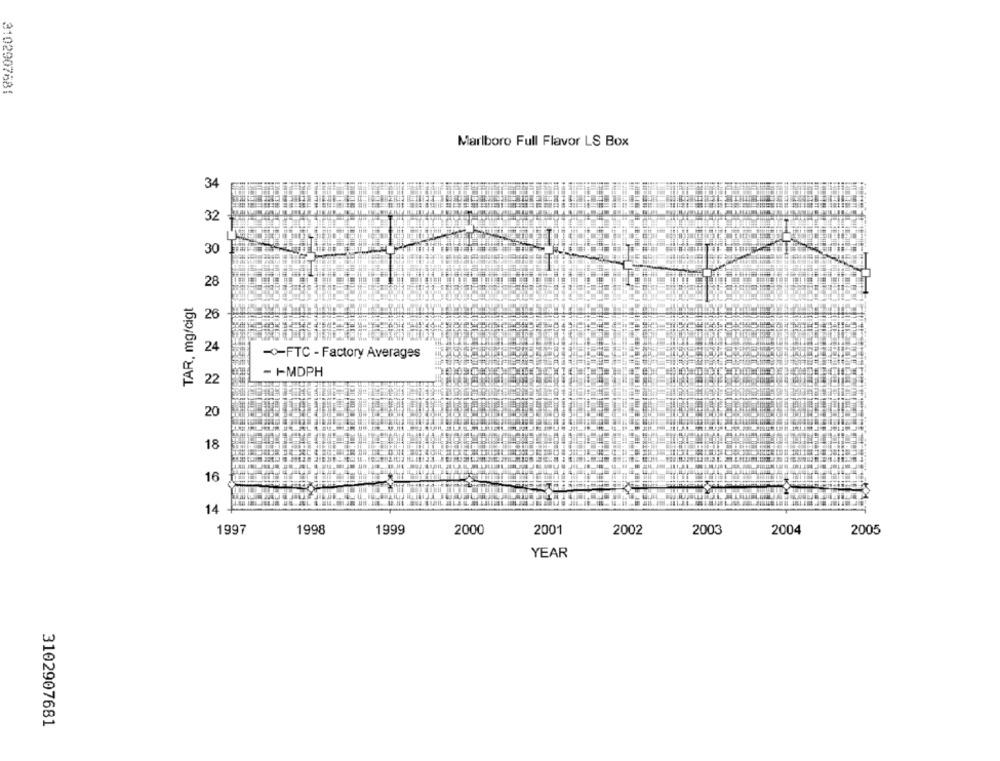
3102907681
Marlboro Full Flavor LS Box
34
32
30
28
TAR, mg/cigt
26
24
-FTC - Factory Averages
- FMDPH
22
20
18
16
14
1997
1998
1999
2000
2001
2002
2003
2004
2005
YEAR
3102907681